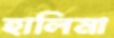
হালিমা